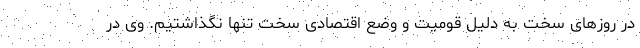
در روزهای سخت به دلیل قومیت و وضع اقتصادی سخت تنها نگذاشتیم. وی در